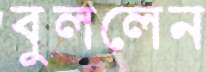
বুললেন